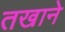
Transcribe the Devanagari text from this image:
तखाने